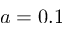
a = 0 . 1